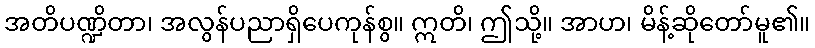
အတိပဏ္ဍိတာ၊ အလွန်ပညာရှိပေကုန်စွ။ ဣတိ၊ ဤသို့။ အာဟ၊ မိန့်ဆိုတော်မူ၏။